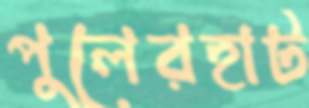
পুলেরহাট